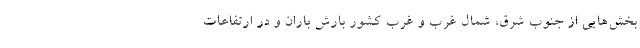
بخش‌هایی از جنوب شرق، شمال غرب و غرب کشور بارش باران و در ارتفاعات